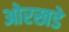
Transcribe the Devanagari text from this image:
ओरखडे